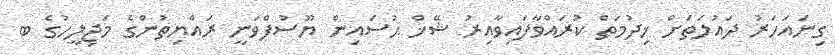
ގިނައަހަރު ދައުލަތަށް ޚިދުމަތް ކުރައްވާފައިވާއިރު ޝޭޚް ޙުސައިން ޔޫސުފްވަނީ ރައްޔިތުންގެ މަޖިލީހުގެ ބ